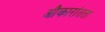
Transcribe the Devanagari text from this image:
औकारांतता